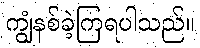
ကျွံနစ်ခဲ့ကြရပါသည်။